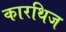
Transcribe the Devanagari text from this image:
कारथिज